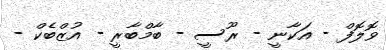
ވޮލޮފް - އަކާނީ - ރޫސީ - ބާމްބާރީ - އުޒްބެކް -